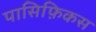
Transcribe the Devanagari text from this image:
पासिफ़िकस